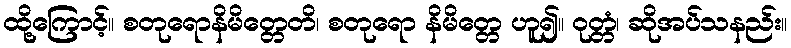
ထို့ကြောင့်။ စတုရောနိမိတ္တေတိ၊ စတုရော နိမိတ္တေ ဟူ၍။ ဝုတ္တံ၊ ဆိုအပ်သနည်း။